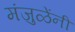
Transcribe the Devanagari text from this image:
मंजुळेंनी